Annual statistical returns and brief notes on vaccination in Bengal - 1896-1909
Year: 1896
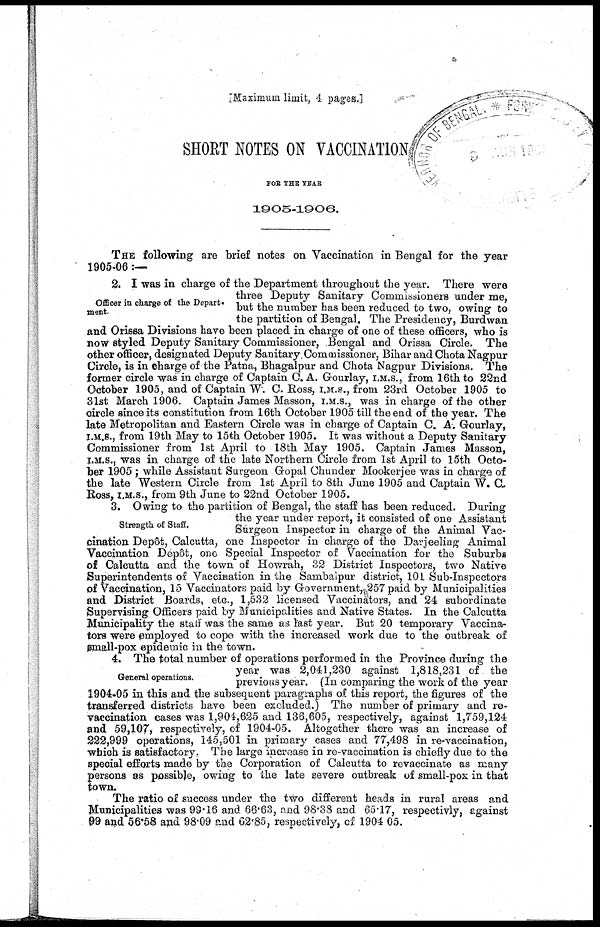
[Maximum limit, 4 pages.]
SHORT NOTES ON VACCINATION
FOR THE YEAR
1905-1906.
THE following are brief notes on Vaccination in Bengal for the year
1905-06:—
Officer in charge of the Depart-
ment.
2. I was in charge of the Department throughout the year. There were
three Deputy Sanitary Commissioners under me,
but the number has been reduced to two, owing to
the partition of Bengal. The Presidency, Burdwan
and Orissa Divisions have been placed in charge of one of these officers, who is
now styled Deputy Sanitary Commissioner, Bengal and Orissa Circle. The
other officer, designated Deputy Sanitary Commissioner, Bihar and Chota Nagpur
Circle, is in charge of the Patna, Bhagalpur and Chota Nagpur Divisions. The
former circle was in charge of Captain C. A. Gourlay, I.M.S., from 16th to 22nd
October 1905, and of Captain W. C. Ross, I.M.S., from 23rd October 1905 to
31st March 1906. Captain James Masson, I.M.S., was in charge of the other
circle since its constitution from 16th October 1905 till the end of the year. The
late Metropolitan and Eastern Circle was in charge of Captain C. A. Gourlay,
I.M.S., from 19th May to 15th October 1905. It was without a Deputy Sanitary
Commissioner from 1st April to 18th May 1905. Captain James Masson,
I.M.S., was in charge of the late Northern Circle from 1st April to 15th Octo-
ber 1905 ; while Assistant Surgeon Gopal Chunder Mookerjee was in charge of
the late Western Circle from 1st April to 8th June 1905 and Captain W. C.
Ross, I.M.S., from 9th June to 22nd October 1905.
Strength of Staff.
3. Owing to the partition of Bengal, the staff has been reduced. During
the year under report, it consisted of one Assistant
Surgeon Inspector in charge of the Animal Vac-
cination Depôt, Calcutta, one Inspector in charge of the Darjeeling Animal
Vaccination Depôt, one Special Inspector of Vaccination for the Suburbs
of Calcutta and the town of Howrah, 32 District Inspectors, two Native
Superintendents of Vaccination in the Sambalpur district, 101 Sub-Inspectors
of Vaccination, 15 Vaccinators paid by Government, 257 paid by Municipalities
and District Boards, etc., 1,532 licensed Vaccinators, and 24 subordinate
Supervising Officers paid by Municipalities and Native States. In the Calcutta
Municipality the staff was the same as last year. But 20 temporary Vaccina-
tors were employed to cope with the increased work due to the outbreak of
small-pox epidemic in the town.
General operations.
4. The total number of operations performed in the Province during the
year was 2,041,230 against 1,818,231 of the
previous year. (In comparing the work of the year
1904-05 in this and the subsequent paragraphs of this report, the figures of the
transferred districts have been excluded.) The number of primary and re-
vaccination cases was 1,904,625 and 136,605, respectively, against 1,759,124
and 59,107, respectively, of 1904-05. Altogether there was an increase of
222,999 operations, 145,501 in primary cases and 77,498 in re-vaccination,
which is satisfactory. The large increase in re-vaccination is chiefly due to the
special efforts made by the Corporation of Calcutta to revaccinate as many
persons as possible, owing to the late severe outbreak of small-pox in that
town.
The ratio of success under the two different heads in rural areas and
Municipalities was 99.16 and 66.63, and 98.38 and 65.17, respectivly, against
99 and 56.58 and 98.09 and 62.85, respectively, of 1904-05.